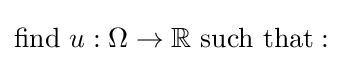
{\text{find  }}u:\Omega \to \mathbb {R} {\text{ such that}}: